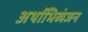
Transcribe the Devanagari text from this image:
अर्थाभिव्यंजन